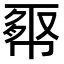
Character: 𢄉